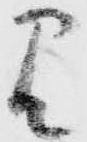
見